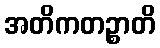
အတိကတဉ္စာတိ